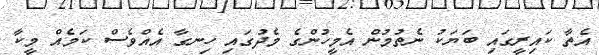
އެތާ ކައިރީގައި ބަޔަކު ނެތުމުން އެމީހުންގެ މެދުގައި ހިނގާ އެއްވެސް ކަމެއް މީކާ